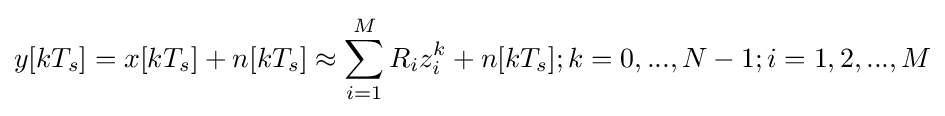
y[kT_{s}]=x[kT_{s}]+n[kT_{s}]\approx \sum _{i=1}^{M}R_{i}z_{i}^{k}+n[kT_{s}];k=0,...,N-1;i=1,2,...,M